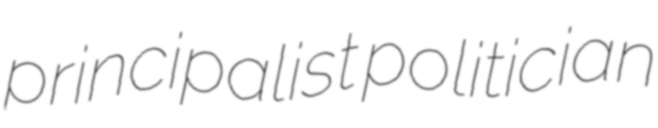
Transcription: principalist politician